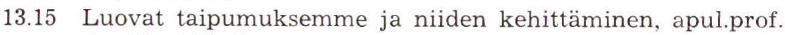
13.15 Luovat taipumuksemme ja niiden kehittäminen, apul.prof.